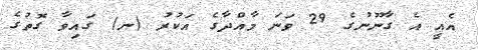
އެއީ އެ ގާނޫނުގެ 29 ވަނަ މާއްދާގެ އަކުރު (ނ) ގައިވާ ގޮތުގެ